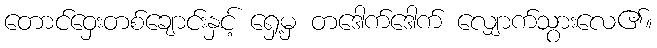
တောင်ဝှေးတစ်ချောင်းနှင့် ရှေ့မှ တဒေါက်ဒေါက် လျှောက်သွားလေ၏။